Report on vaccination in Madras 1904-1921 - 1904-1921
Year: 1904
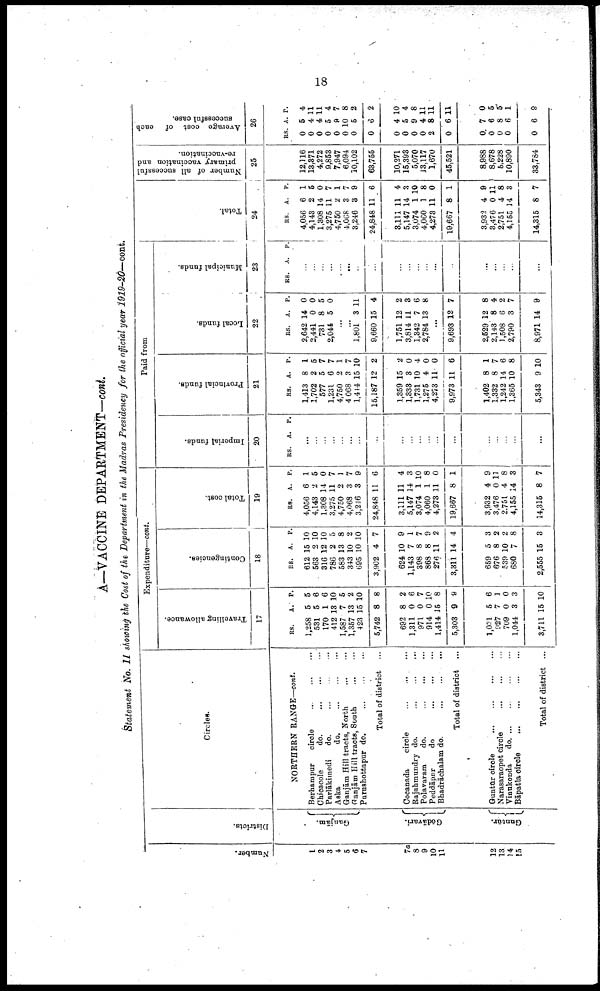
18
A—VACCINE DEPARTMENT—cont.
Statement No. II showing the Cost of the Department in the Madras Presidency for the official year 1919-20—cont.
Number.
1
2
3
4
5
6
7
7a
8
9
10
11
12
13
14
15
Districts.
Ganjām.
Gōdāvari.
Guntūr.
Circles.
NORTHERN RANGE—cont.
Berhampur
circle
... ... ...
Chicacole
do.
...
...
...
Parlākimedi
do. ... ... ...
Aska
do.
...
...
...
Ganjām Hill tracts, North
...
...
Ganjām Hill tracts, South
...
...
Purushottapur do.
...
...
...
Total of district ...
Cocanada
circle
...
...
...
Rajahmundry do.
...
...
...
Polavaram
do.
...
...
...
Peddāpur
do
...
...
...
Bhadrāchalam do.
...
...
...
Total of district ...
Guntūr circle
...
...
...
...
Narasaraopet circle
...
...
...
Vinukonda
do.
...
...
...
...
Bāpatla circle
...
...
...
...
Total of district ...
Expenditure—cont.
Travelling allowance.
17
RS.
1,258
531
170
412
1,587
1,357
423
5,742
692
1,311
971
914
1,414
5,303
1,031
927
709
1,044
3,711
A.
5
5
1
13
7
13
15
8
8
0
0
0
15
9
5
7
0
3
15
P.
5
6
6
10
5
2
10
8
2
6
7
10
8
9
6
1
0
3
10
Contingencies.
18
RS.
612
563
316
786
583
343
695
3,902
624
1,143
398
868
276
3,311
659
676
539
680
2,555
A.
15
2
12
2
13
10
10
4
10
7
8
8
11
14
5
8
10
7
15
P.
10
10
10
0
8
2
10
7
9
1
7
9
2
4
3
2
2
8
3
Total coat.
19
RS.
4,056
4,143
1,308
3,275
4,750
4,068
3,246
24,848
3,111
5,147
3,074
4,060
4,273
19,667
3,932
3,476
2,751
4,155
14,315
A.
6
2
14
11
2
3
3
11
11
14
1
1
11
8
4
0
4
14
8
P.
1
5
0
7
1
7
9
6
4
3
10
8
0
1
9
11
8
3
7
Paid from
Imperial funds.
20
RS. A. P.
...
...
...
...
...
...
...
...
...
...
...
...
...
...
...
...
...
...
...
Provincial funds.
21
RS.
1,413
1,702
577
1,231
4,750
4 068
1,444
15,187
1,359
1,333
1,731
1,275
4,273
9,973
1,402
1,332
1,242
1,365
5,343
A.
8
2
5
6
2
3
15
12
15
3
10
4
11
11
8
8
14
10
9
P.
1
5
7
7
1
7
10
2
2
0
4
0
0
6
1
7
6
8
10
Local funds.
22
RS.
2,642
2,441
731
2,044
A.
14
0
8
5
P.
0
0
5
0
...
...
1,801
9,660
1,751
3,814
1,342
2,784
3
15
12
11
7
13
11
4
2
3
6
8
...
9,693
2,529
2,143
1,508
2,790
8,971
12
12
8
6
3
14
7
8
4
2
7
9
Municipal funds.
23
RS. A. P.
...
...
...
...
...
...
...
...
...
...
...
...
...
...
...
...
...
...
...
Total.
24
RS.
4,056
4,143
1,308
3,275
4,750
4,068
3,246
24,848
3,111
5,147
3,074
4,060
4,273
19,667
3,932
3,476
2,751
4,155
14,315
A.
6
2
14
11
2
3
3
11
11
14
1
1
11
8
4
0
4
14
8
P.
1
5
0
7
1
7
9
6
4
3
10
8
0
1
9
11
8
3
7
Number of all successful
primary vaccination and
re-vaccination.
25
12,116
13,371
4,272
9,853
7,947
6,094
10,102
63,755
10,271
15,398
5,070
13,117
1,670
45,521
8,988
8,678
6,228
10,890
33,784
Average cost of each
successful case.
26
RS.
0
0
0
0
0
0
0
0
0
0
0
0
2
0
0
0
0
0
0
A.
5
4
4
5
9
10
5
6
4
5
9
4
8
6
7
6
8
6
6
P.
4
11
11
4
7
8
2
2
10
4
8
11
11
11
0
5
5
1
9